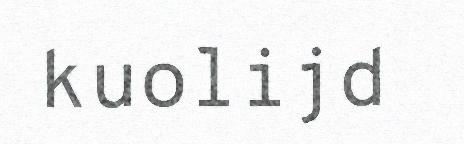
kuolijd